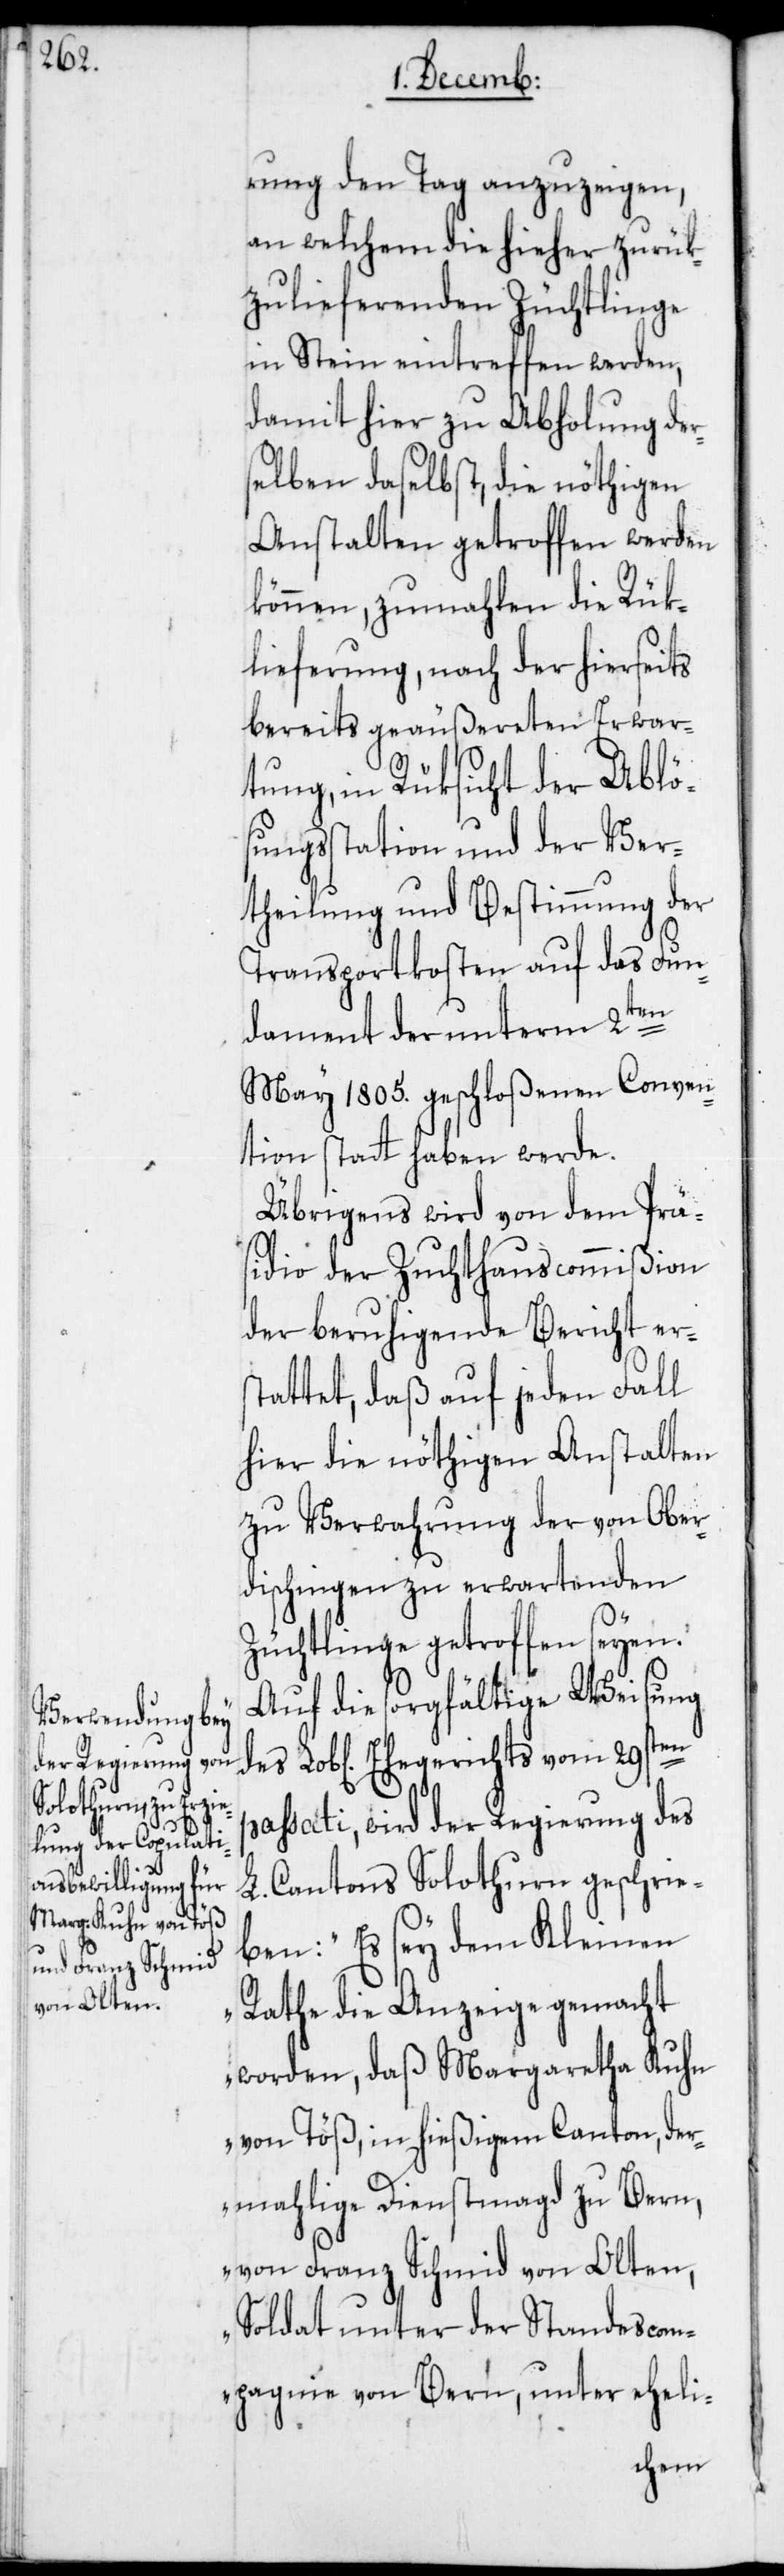
rung den Tag anzuzeigen,
an welchem die hieher zurük¬
zulieferenden Züchtlinge
in Stein eintreffen werden,
damit hier zu Abholung der¬
selben daselbst, die nöthigen
Anstalten getroffen werden
können, zumahlen die Rük¬
lieferung, nach der hierseits
bereits geäußereten Erwar¬
tung, in Rüksicht der Ablö¬
sungsstation und der Ver¬
theilung und Bestimmung der
Transportkosten auf das Fun¬
dament der unterm 2ten
May 1805. geschloßenen Conven¬
tion statt haben werde.
Übrigens wird von dem Prä¬
sidio der Zuchthauscommißion
der beruhigende Bericht ers¬
tattet, daß auf jeden Fall
hier die nöthigen Anstalten
zu Verwahrung der von Ober¬
dischingen zu erwartenden
Züchtlinge getroffen seyen.
Auf die sorgfältige Weisung
des
passati, wird der Regierung des
L. Cantons Solothurn geschrie¬
ben: „Es sey dem Kleinen
Rathe die Anzeige gemacht
worden, daß Margaretha Kuhn
von Töß, in hießigem Canton, der¬
mahlige Dienstmagd zu Bern,
von Franz Schmid von Olten,
Soldat unter der Standescopm¬
agnie von Bern, unter eheli-